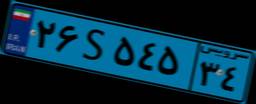
۲۶S۵۴۵۳۴